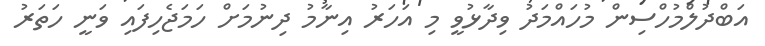
އަބްދުލްމުހްސިން މުހައްމަދު ވިދާޅުވީ މި އަހަރު އިނާމު ދިނުމަށް ހަމަޖެހިފައި ވަނީ ހަތަރު